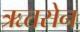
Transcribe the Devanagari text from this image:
ऋतसेन